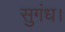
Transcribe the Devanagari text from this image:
सुगंध।